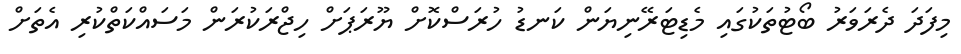
މިފަދަ ދެރަވަރު ބޯޓުތަކުގައި މެޑިޓަރޭނިޔަން ކަނޑު ހުރަސްކޮށް ޔޫރަޕަށް ހިޖްރަކުރަން މަސައްކަތްކުރި އެތަށް